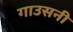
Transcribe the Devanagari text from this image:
गाउसनी